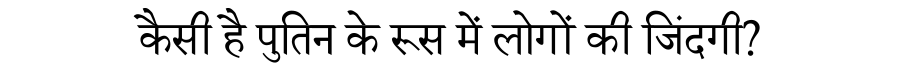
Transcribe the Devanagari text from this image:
कैसी है पुतिन के रूस में लोगों की जिंदगी?